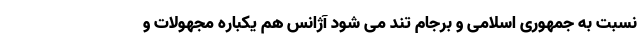
نسبت به جمهوری اسلامی و برجام تند می شود آژانس هم یکباره مجهولات و